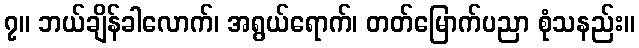
၇။ ဘယ်ချိန်ခါလောက်၊ အရွယ်ရောက်၊ တတ်မြောက်ပညာ စုံသနည်း။